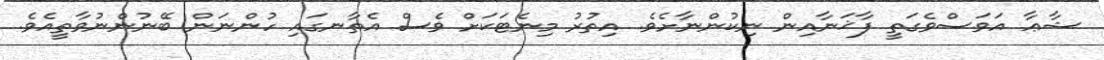
ޝާޢާ އަވަސްވެގަތީ ފާޚަނާއިން ނިކުންނާށެވެ. އިތުރު މިނެޓަކަށް ވެސް އެތާނގައި ހުންނަން ބޭނުންނުވާތީއެވެ.